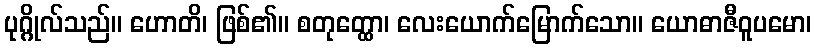
ပုဂ္ဂိုလ်သည်။ ဟောတိ၊ ဖြစ်၏။ စတုတ္ထော၊ လေးယောက်မြောက်သော။ ယောဓာဇီဝူပမော၊